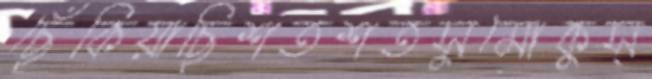
ছেঁকিয়াছিশতশতসুমোকুস্